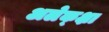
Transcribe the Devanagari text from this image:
अलेक्क्षा